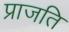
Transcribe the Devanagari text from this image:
प्राजति